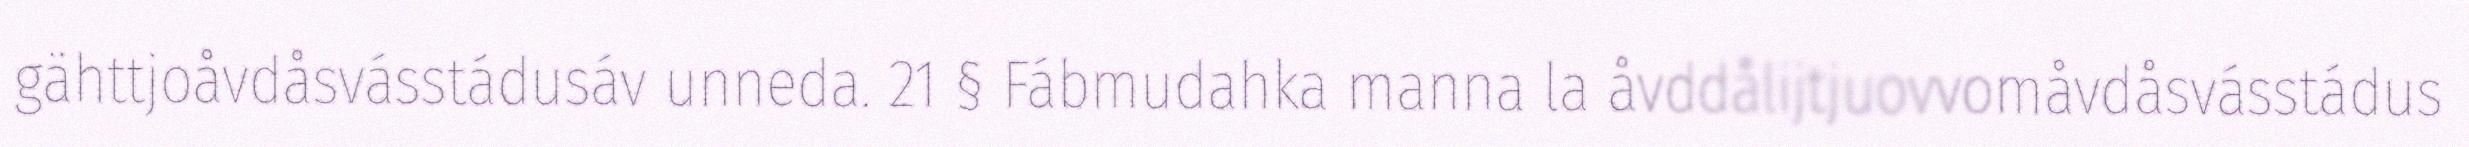
gähttjoåvdåsvásstádusáv unneda. 21 § Fábmudahka manna la åvddålijtjuovvomåvdåsvásstádus